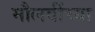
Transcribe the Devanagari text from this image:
मौलवींच्या